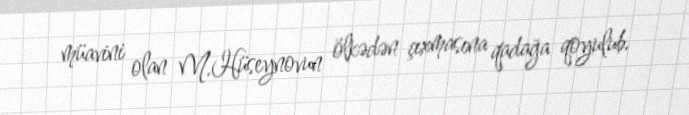
müavini olan M.Hüseynovun ölkədən çıxmasına qadağa qoyulub.